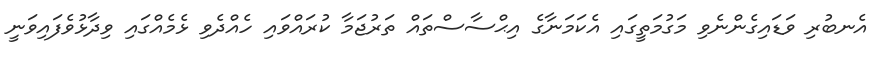
އެނބުރި ވަޑައިގެންނެވި މަގުމަތީގައި އެކަމަނާގެ އިޙްސާސްތައް ތަރުޖަމާ ކުރައްވައި ހެއްދެވި ޅެމެއްގައި ވިދާޅުވެފައިވަނީ